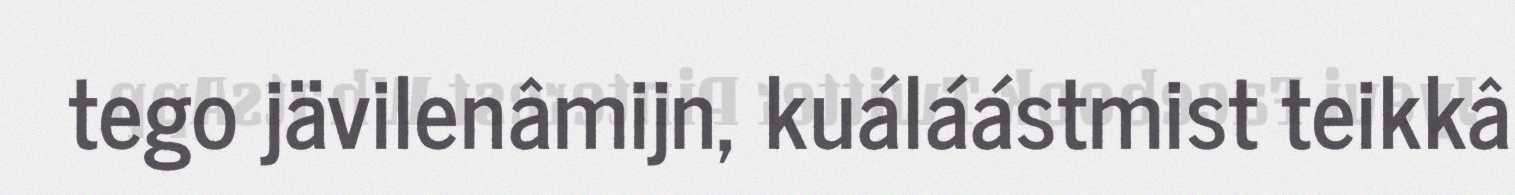
tego jävilenâmijn, kuáláástmist teikkâ